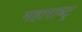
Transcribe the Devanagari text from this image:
महाराष्‍ट्र